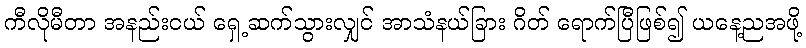
ကီလိုမီတာ အနည်းငယ် ရှေ့ဆက်သွားလျှင် အာသံနယ်ခြား ဂိတ် ရောက်ပြီဖြစ်၍ ယနေ့ညအဖို့